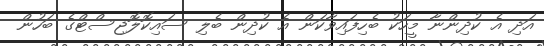
އަދި އެ ކުދިންނާ މީހަކު ބެހިފައިވާކަން އެ ކުދިން ބެލި ސައިކޮލޮޖިސްޓްގެ ބަހުން